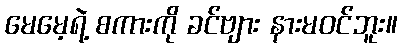
မေမေ့ရဲ့ စကားကို ခင်ဗျား နားမဝင်ဘူး။